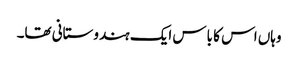
وہاں اس کا باس ایک ہندوستانی تھا۔